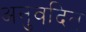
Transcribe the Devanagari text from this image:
अनुवदित